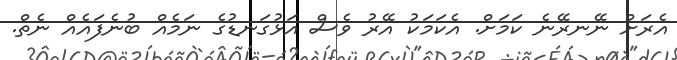
އެރަށް ނޭނރޭނެ ކަމަށް. އެކަމަކު އޭރު ވެސް އަޅުގަނޑުގެ ނަމެއް ބުނެފައެއް ނެތް.